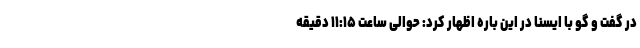
در گفت و گو با ایسنا در این باره اظهار کرد: حوالی ساعت ١١:١۵ دقیقه